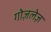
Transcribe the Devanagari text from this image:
गोज़लेज़